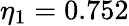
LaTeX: \eta_{1}=0.752